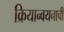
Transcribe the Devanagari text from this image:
क्रियान्वयनाची